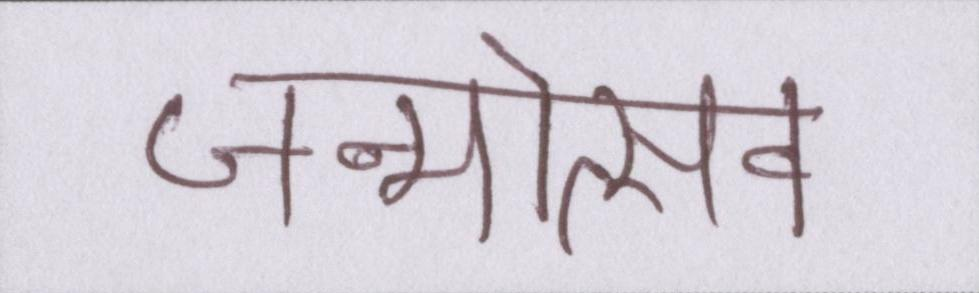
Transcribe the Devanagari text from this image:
जन्मोत्सव